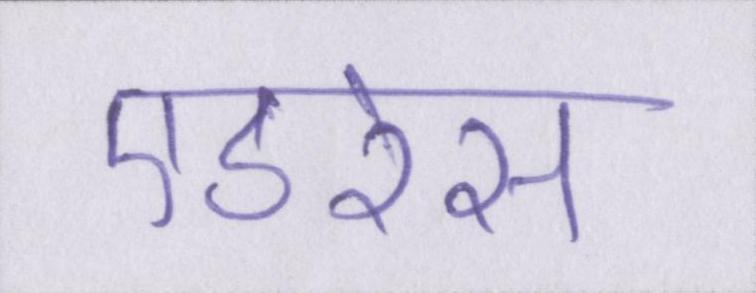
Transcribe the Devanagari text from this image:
एडरेस